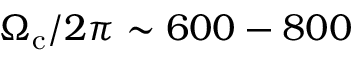
\Omega _ { \mathrm { c } } / 2 \pi \sim 6 0 0 - 8 0 0